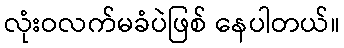
လုံးဝလက်မခံပဲဖြစ် နေပါတယ်။